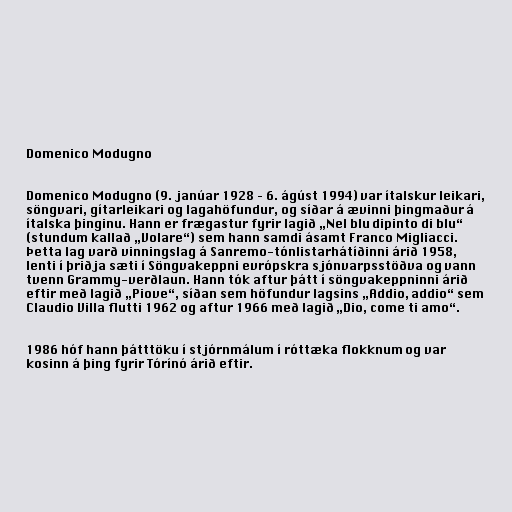
Domenico Modugno

Domenico Modugno (9. janúar 1928 – 6. ágúst 1994) var ítalskur leikari,
söngvari, gítarleikari og lagahöfundur, og síðar á ævinni þingmaður á
ítalska þinginu. Hann er frægastur fyrir lagið „Nel blu dipinto di blu“
(stundum kallað „Volare“) sem hann samdi ásamt Franco Migliacci.
Þetta lag varð vinningslag á Sanremo-tónlistarhátíðinni árið 1958,
lenti í þriðja sæti í Söngvakeppni evrópskra sjónvarpsstöðva og vann
tvenn Grammy-verðlaun. Hann tók aftur þátt í söngvakeppninni árið
eftir með lagið „Piove“, síðan sem höfundur lagsins „Addio, addio“ sem
Claudio Villa flutti 1962 og aftur 1966 með lagið „Dio, come ti amo“.

1986 hóf hann þátttöku í stjórnmálum í róttæka flokknum og var
kosinn á þing fyrir Tórínó árið eftir.